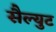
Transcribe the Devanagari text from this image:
सैल्युट